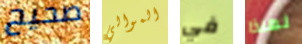
صحيح الموالي في لماذا